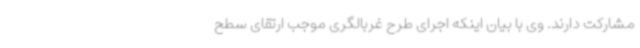
مشارکت دارند. وی با بیان اینکه اجرای طرح غربالگری موجب ارتقای سطح